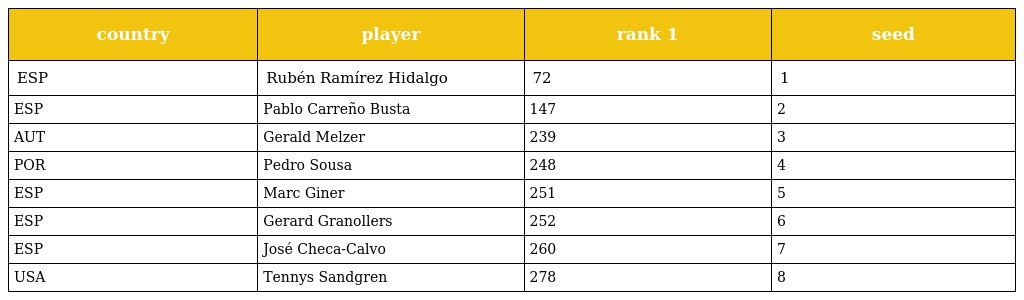
| country | player | rank 1 | seed |
 | --- | --- | --- | --- |
 | ESP | Rubén Ramírez Hidalgo | 72 | 1 |
 | ESP | Pablo Carreño Busta | 147 | 2 |
 | AUT | Gerald Melzer | 239 | 3 |
 | POR | Pedro Sousa | 248 | 4 |
 | ESP | Marc Giner | 251 | 5 |
 | ESP | Gerard Granollers | 252 | 6 |
 | ESP | José Checa-Calvo | 260 | 7 |
 | USA | Tennys Sandgren | 278 | 8 |